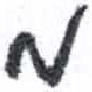
אות: ם